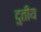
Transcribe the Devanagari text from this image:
दुतीय